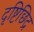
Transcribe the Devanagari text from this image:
दृष्टिछिद्र